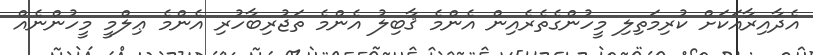
އެދާއިރާއަކަށް ކުރިމަތިލި މީހުންގެތެރެއިން އެންމެ ޤާބިލު އެންމެ ތަޖުރިބާހުރި އެންމެ ޢިލްމީ މީހުންނެއް